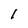
Character: 1